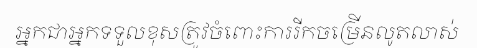
អ្នកជាអ្នកទទួលខុសត្រូវចំពោះការរីកចម្រើនលូតលាស់